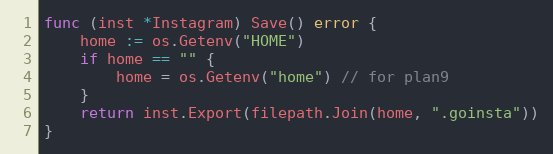
Language: Go
func (inst *Instagram) Save() error {
	home := os.Getenv("HOME")
	if home == "" {
		home = os.Getenv("home") // for plan9
	}
	return inst.Export(filepath.Join(home, ".goinsta"))
}